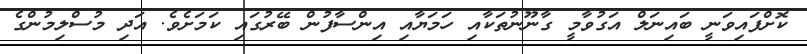
ކޮށްފައިވަނީ ބައިނަލް އަގުވާމީ ގާނޫނުތަކާއި ހަމަޔާއި އިންސާފުން ބޭރުގައި ކަމަށެވެ. އަދި މުސްލިމުންގެ